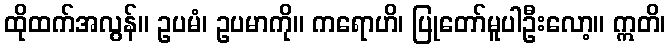
ထိုထက်အလွန်။ ဥပမံ၊ ဥပမာကို။ ကရောဟိ၊ ပြုတော်မူပါဦးလော့။ ဣတိ၊